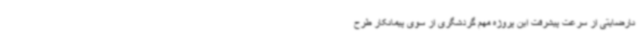
نارضایتی از سرعت پیشرفت این پروژه مهم گردشگری از سوی پیمانکار طرح